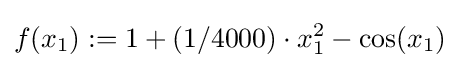
f(x_{1}):=1+(1/4000)\cdot x_{1}^{2}-\cos(x_{1})